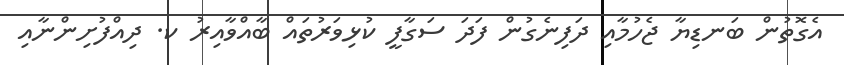
އެގޮތުން ބަނޑިޔާ ޖެހުމާއި ދަފިނެގުން ފަދަ ސަގާފީ ކުޅިވަރުތައް ބާއްވާއިރު ކ. ދިއްފުށިންނާއި